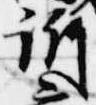
訴